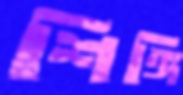
শিঙ্গি